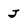
Character: J